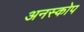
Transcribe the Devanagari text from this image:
अनस्कोप